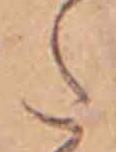
た